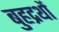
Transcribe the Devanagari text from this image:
बुहद्रथों